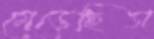
মেড়েছিস